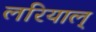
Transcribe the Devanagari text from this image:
लरियाल्